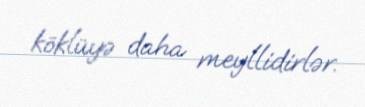
köklüyə daha meyllidirlər.